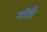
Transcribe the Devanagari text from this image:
गॉरी